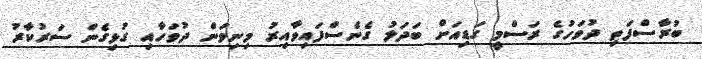
ބުރާސްފަތި ދުވަހުގެ ރަސްމީ ގަޑިއަށް ބަދަލު ގެނެސްފައިވާއިރު މިނިވަން ދުވަހާއި ގުޅިގެން ސަރުކާރު